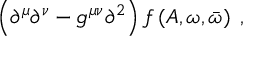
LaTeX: \left( \partial ^ { \mu } \partial ^ { \nu } - g ^ { \mu \nu } \partial ^ { 2 } \right) f \left( A , \omega , \bar { \omega } \right) \; ,